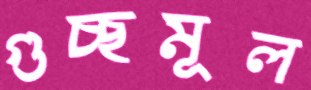
গুচ্ছমূল